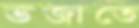
ভজাতে